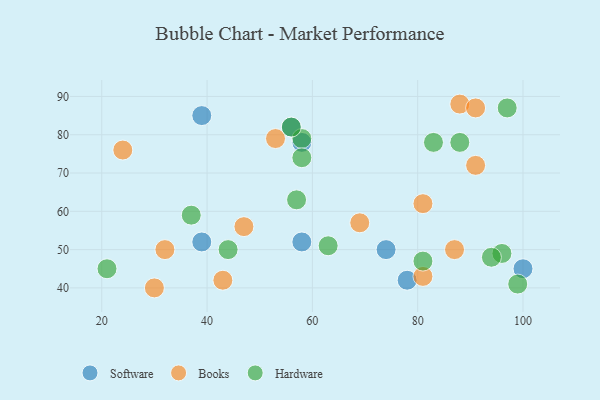
{"axis": {"x": "GDP", "y": "Life Expectancy"}, "legend": ["Books", "Hardware", "Software"], "data": [{"x": "78", "y": 42, "type": "Software"}, {"x": "58", "y": 52, "type": "Software"}, {"x": "58", "y": 78, "type": "Software"}, {"x": "74", "y": 50, "type": "Software"}, {"x": "39", "y": 52, "type": "Software"}, {"x": "56", "y": 82, "type": "Software"}, {"x": "39", "y": 85, "type": "Software"}, {"x": "100", "y": 45, "type": "Software"}, {"x": "24", "y": 76, "type": "Books"}, {"x": "69", "y": 57, "type": "Books"}, {"x": "87", "y": 50, "type": "Books"}, {"x": "47", "y": 56, "type": "Books"}, {"x": "88", "y": 88, "type": "Books"}, {"x": "43", "y": 42, "type": "Books"}, {"x": "91", "y": 87, "type": "Books"}, {"x": "91", "y": 72, "type": "Books"}, {"x": "30", "y": 40, "type": "Books"}, {"x": "81", "y": 62, "type": "Books"}, {"x": "32", "y": 50, "type": "Books"}, {"x": "53", "y": 79, "type": "Books"}, {"x": "81", "y": 43, "type": "Books"}, {"x": "37", "y": 59, "type": "Hardware"}, {"x": "96", "y": 49, "type": "Hardware"}, {"x": "83", "y": 78, "type": "Hardware"}, {"x": "57", "y": 63, "type": "Hardware"}, {"x": "58", "y": 79, "type": "Hardware"}, {"x": "94", "y": 48, "type": "Hardware"}, {"x": "99", "y": 41, "type": "Hardware"}, {"x": "44", "y": 50, "type": "Hardware"}, {"x": "97", "y": 87, "type": "Hardware"}, {"x": "56", "y": 82, "type": "Hardware"}, {"x": "81", "y": 47, "type": "Hardware"}, {"x": "21", "y": 45, "type": "Hardware"}, {"x": "58", "y": 74, "type": "Hardware"}, {"x": "88", "y": 78, "type": "Hardware"}, {"x": "63", "y": 51, "type": "Hardware"}]}